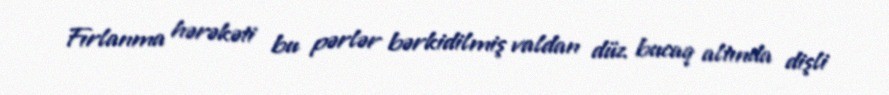
Fırlanma hərəkəti bu pərlər bərkidilmiş valdan düz bucaq altında dişli